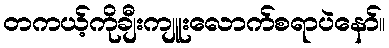
တကယ့်ကိုချီးကျူးလောက်စရာပဲနော်။